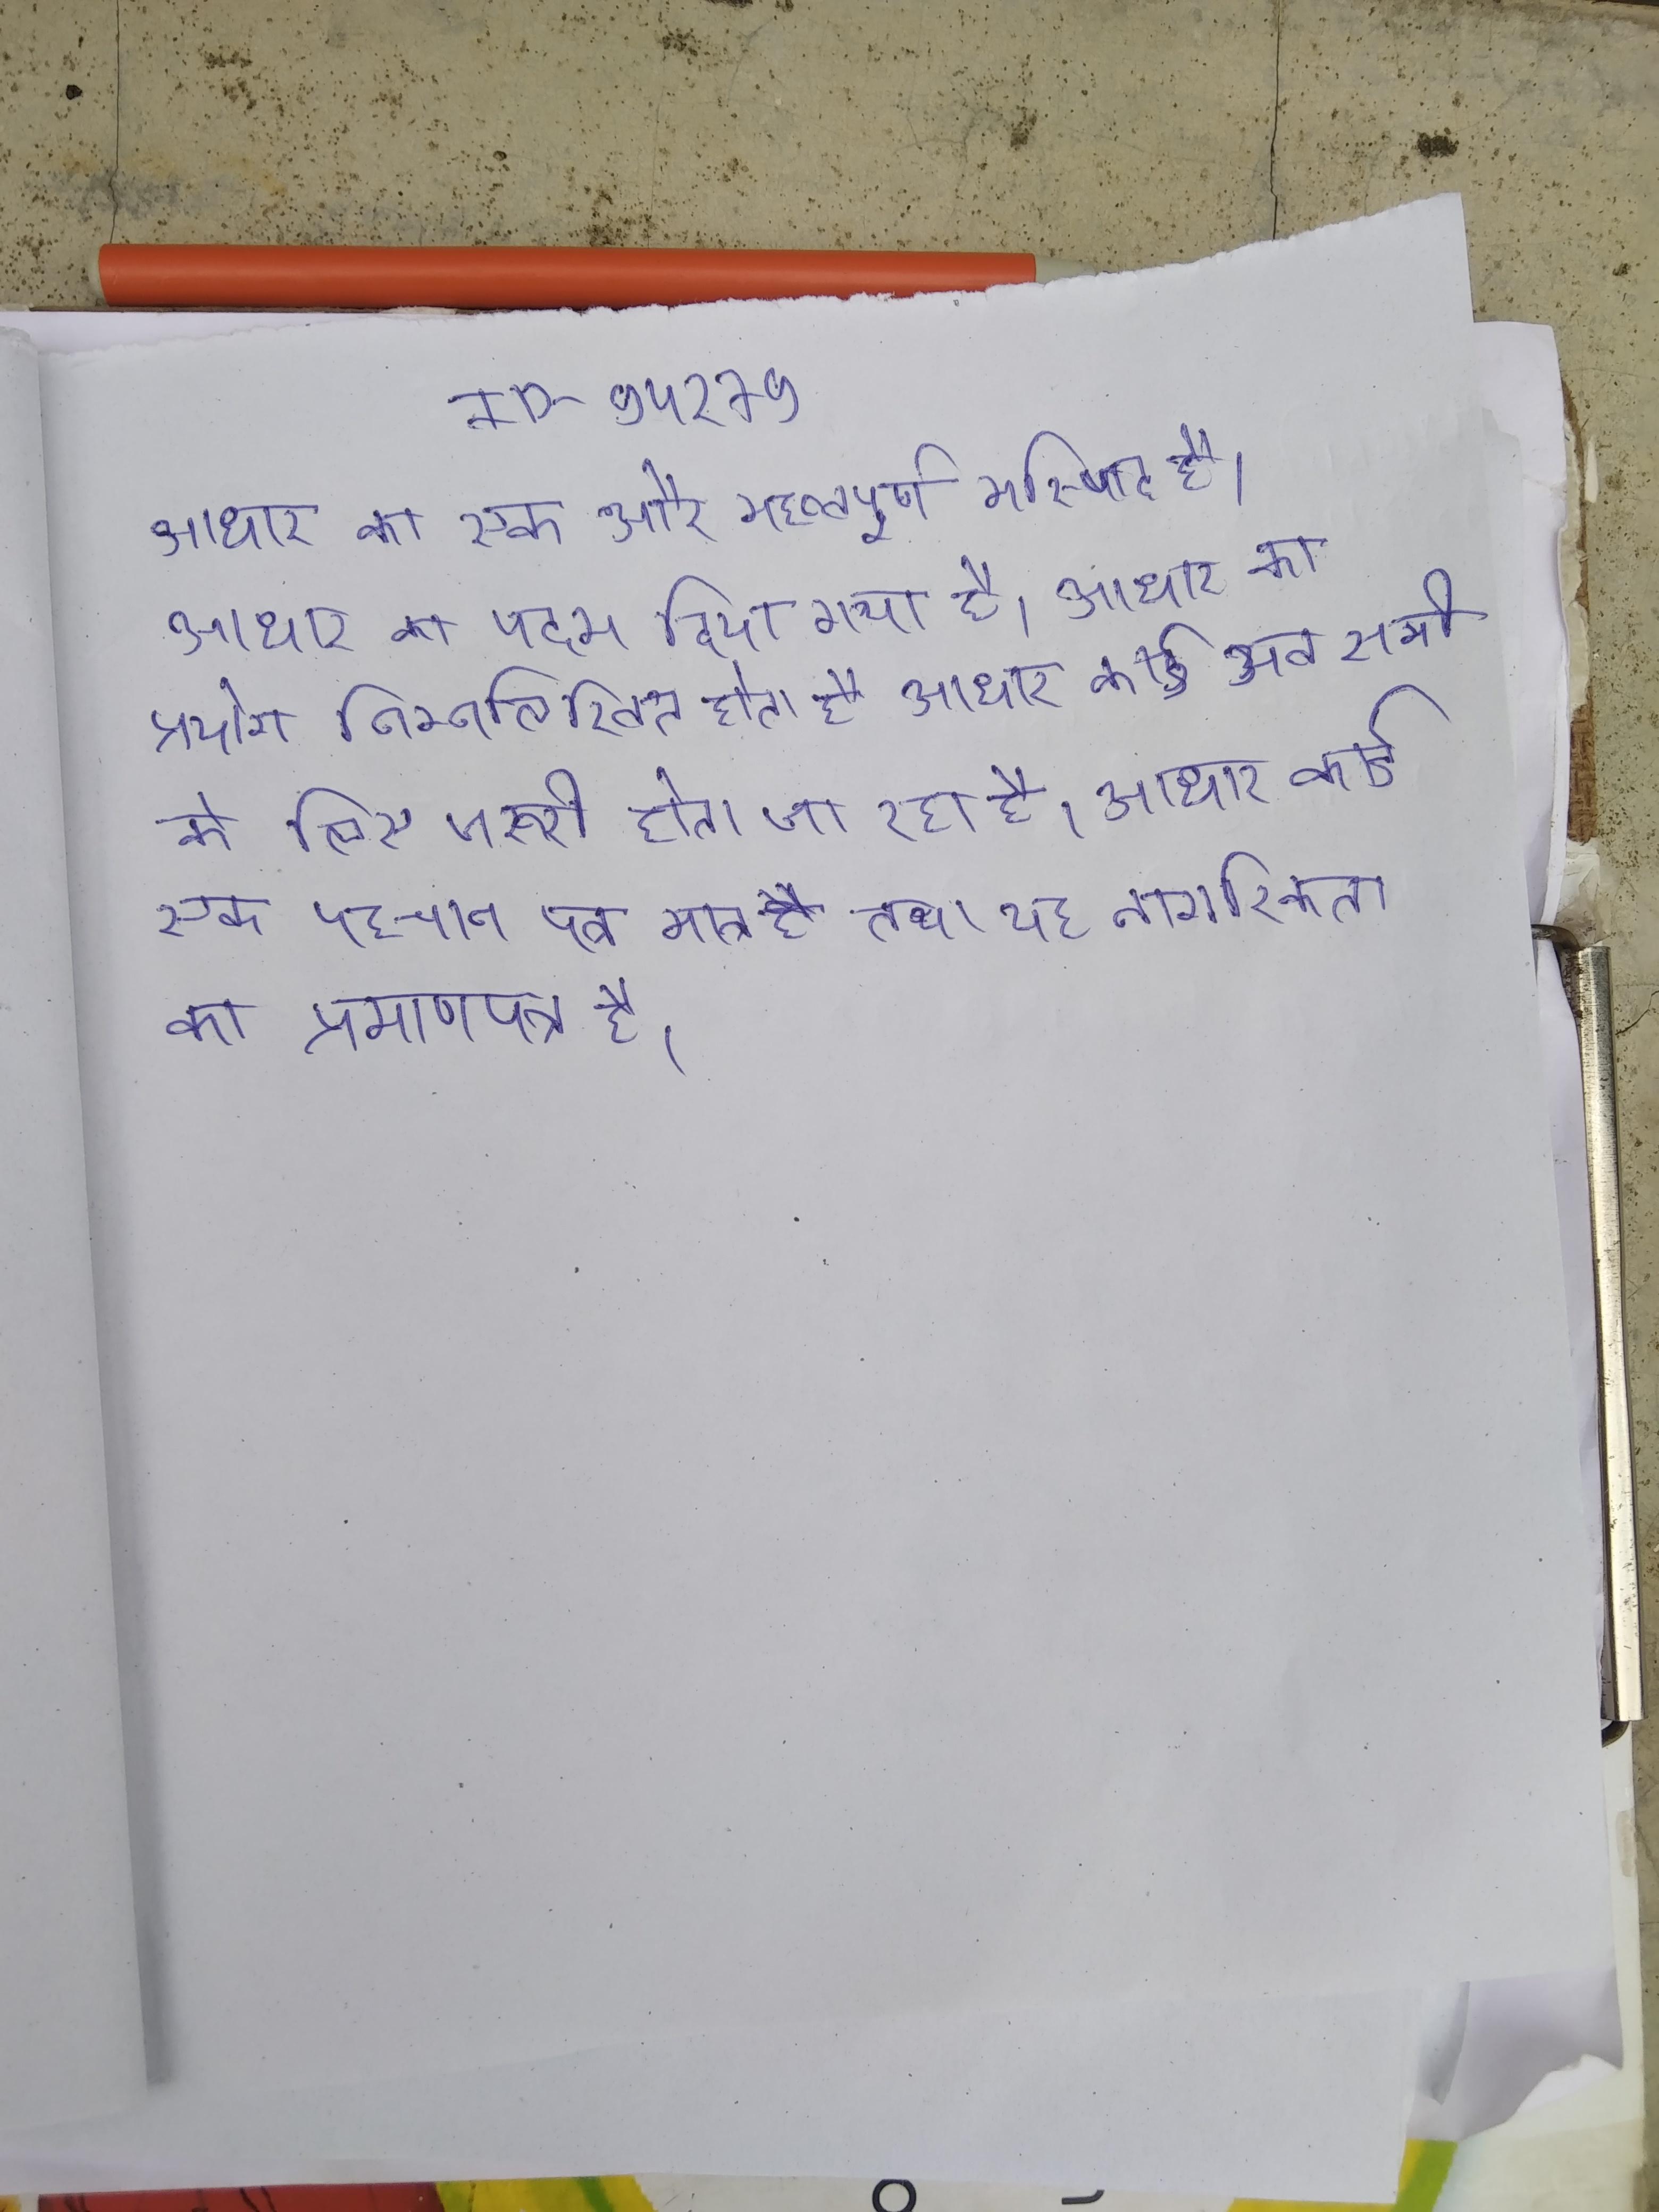
आधार का एक और महत्वपूर्ण मस्जिद है । आधार का पदम दिया गया है । आधार का प्रयोग निम्नलिखित होता है आधार कार्ड अब सभी के लिए जरूरी होता जा रहा है । आधार कार्ड एक पहचान पत्र मात्र है तथा यह नागरिकता का प्रमाणपत्र है ।